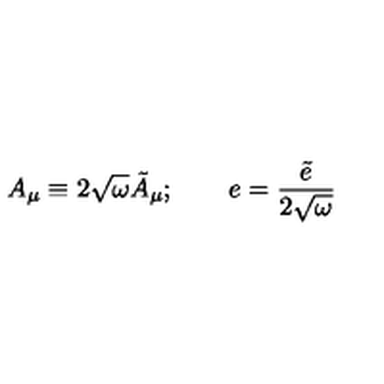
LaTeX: A _ { \mu } \equiv 2 \sqrt { \omega } \tilde { A } _ { \mu } ; \qquad e = \frac { \tilde { e } } { 2 \sqrt { \omega } }